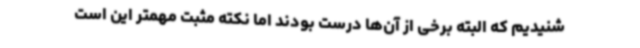
شنیدیم که البته برخی از آن‌ها درست بودند اما نکته مثبت مهمتر این است